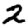
Digit: 2